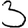
Digit: 3